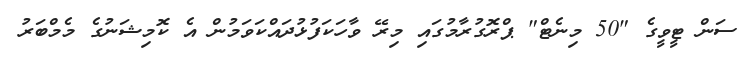
ސަން ޓީވީގެ "50 މިނެޓް" ޕްރޮގުރާމުގައި މިރޭ ވާހަކަފުޅުދައްކަވަމުން އެ ކޮމިޝަނުގެ މެމްބަރު